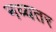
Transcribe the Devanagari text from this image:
नव्यतर